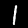
Digit: 1